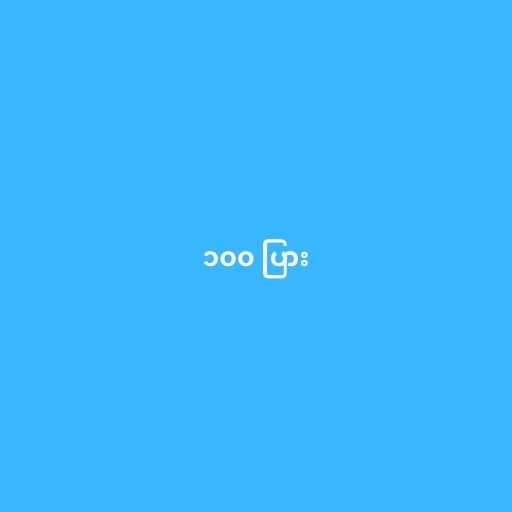
၁၀၀ ပြား